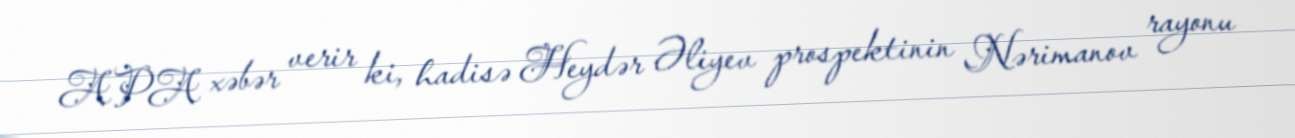
APA xəbər verir ki, hadisə Heydər Əliyev prospektinin Nərimanov rayonu